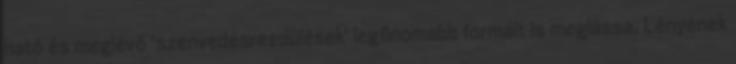
ható és meglévő 'szenvedésrezdülések' legfinomabb formáit is meglássa. Lényének